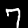
Digit: 7